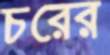
চরের